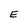
Character: E